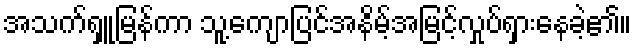
အသက်ရှူမြန်ကာ သူ့ကျောပြင်အနိမ့်အမြင့်လှုပ်ရှားနေခဲ့၏။